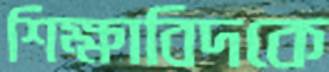
শিক্ষাবিদকে